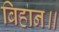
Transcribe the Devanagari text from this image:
बिहान॥